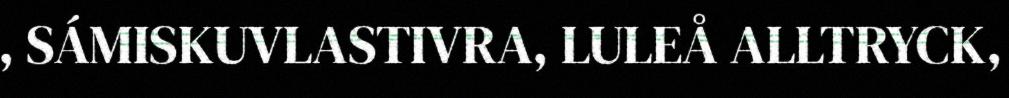
, SÁMISKUVLASTIVRA, LULEÅ ALLTRYCK,